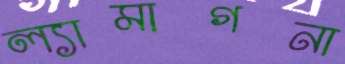
ল্যামাগনা